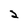
Character: 2